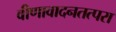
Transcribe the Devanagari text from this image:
वीणावादनतत्परा